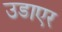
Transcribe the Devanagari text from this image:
उडाएर